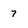
Character: 7